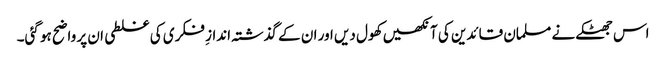
اس جھٹکے نے مسلمان قائدین کی آنکھیں کھول دیں اور ان کے گذشتہ اندازِ فکری کی غلطی ان پر واضح ہو گئی۔